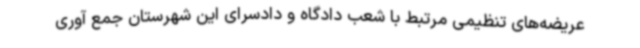
عریضه‌های تنظیمی مرتبط با شعب دادگاه و دادسرای این شهرستان جمع آوری